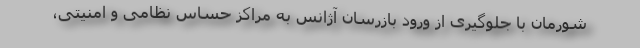
شورمان با جلوگیری از ورود بازرسان آژانس به مراکز حساس نظامی و امنیتی،